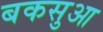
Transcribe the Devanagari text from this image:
बकसुआ